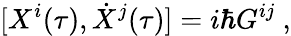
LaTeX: [X^{i}(\tau),\dot{X}^{j}(\tau)]=i\hbar G^{ij}\ ,